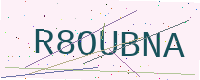
Text: R8OUBNA